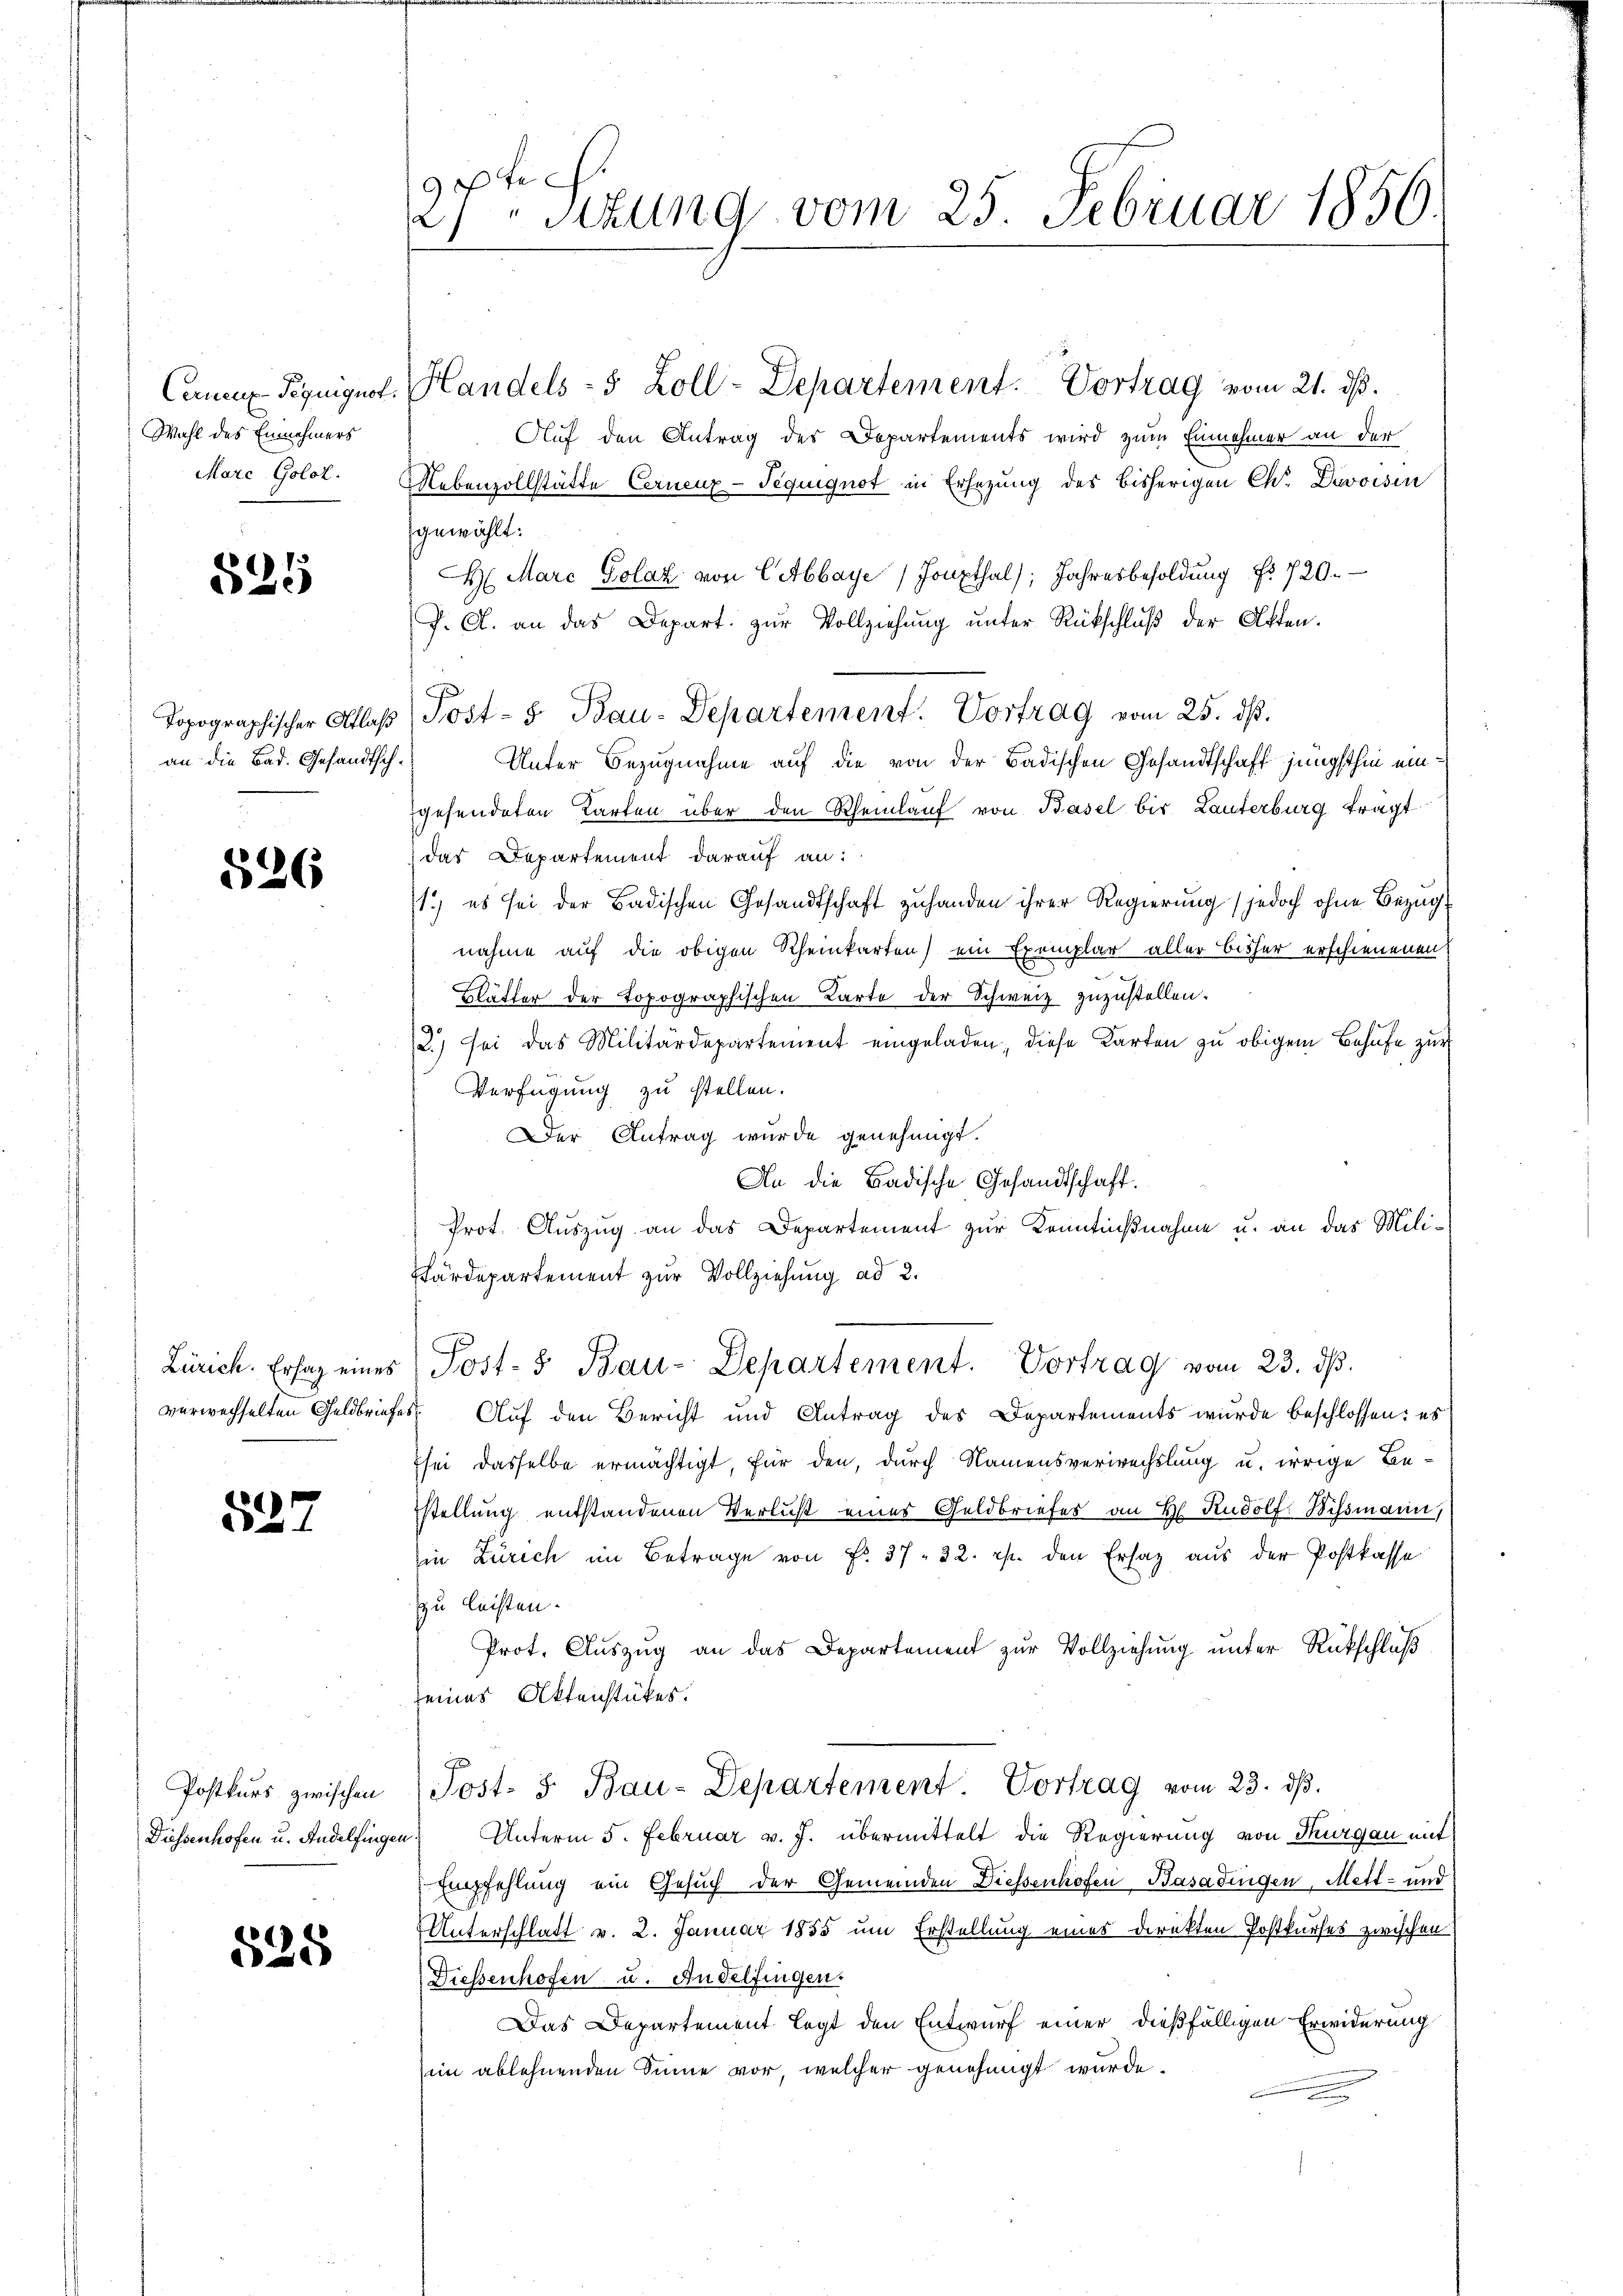
Wahl des Einnehmers
Marc Golot

825

an die Bad. Gesandtsch¬

526

527

Diessenhofen u. Andelfingen:

525

9
) schung vom 25. Februar 1850.

Cance- Peguignot. Handels- 5 Zoll-Departement. Vortrag vom 21. ds.
Auf den Antrag des Departements wird zum Einnehmer an der
Nebenzollstätte Cernenz-Tequignot in Ersezung des bisherigen Chr. Devoisin
gewählt:
H Marc Golaz von Cabbaye / Houpthal), Jahresbesoldung Nr 720.
J. A. an das Depart zur Vollziehung unter Rückschluß der Akten.
Unter Bezugnahme auf die von der Badischen Gesandtschaft jüngsthin eingesendeten Karten über den Rheinlauf von Basel bis Lauterburg trägt
das Departement darauf an:
1.) es sei der Badischen Gesandtschaft zuhanden ihrer Regierung (jedoch ohne Bezug
nahme auf die obigen Rheinkarten) ein Exemplar aller Bisher erschienenen
Blätter der Topographischen Karte der Schweiz zuzustellen.
2.) Sei das Militärdepartement eingeladen, diese Karten zu obigem Behufe zur
Verfügung zu stellen.
Der Antrag wurde genehmigt.
An die Badische Gesandtschaft.
Prot. Auszug an das Departement zur Kenntnißnahme u. an das Mili¬
Wärdepartement zur Vollziehung ad 2.
Zürich. Ersaz eines Post- & Bau-Departement. Vortrag vom 23. ds.
verwechselten Geldbriefes. Auf den Bericht und Antrag des Departements wurde beschlossen: es
sei dasselbe ermächtigt, für den, durch Namensverwechslung u. irrige Bestellung entstandenen Verlust eines Geldbriefes an H. Rudolf Wissmann,
in Zürich im Betrage von Fr. 37. 22. pp. den Ersatz aus der Postkasse
zu leisten.
Prot. Auszug an das Departement zur Vollziehung unter Rückschluß
seines Aktenstükes.
Postkŭrs zwischen Post- & Bau-Departement Vortrag vom 23. dβ.
Unterm 5. Februar v. J. übermittelt die Regierung von Thurgau mit
Empfehlung ein Gesuch der Gemeinden Diessenhofen Basadingen, Mett- und
Unterschlatt v. 2. Januar 1855 um Erstellung eines direkten Postkurses zwischen
Diessenhofen u. Andelfingen.
Das Departement legt den Entwurf einer dießfälligen Erwiderung
sein ablehnenden Sinne vor, welcher genehmigt wurde.

Topographischer Atlas Post- & Bau-Departement. Vortrag vom 25. dβ.